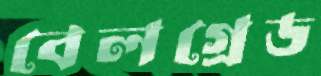
বেলগ্রেড